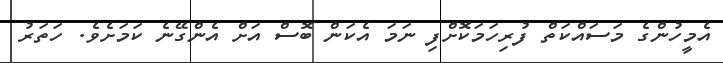
އެމީހުންގެ މަސައްކަތް ފުރިހަމަކޮށްފި ނަމަ އެކަން ބޮސް އަށް އެންގޭނެ ކަމަށެވެ. ހަތަރު